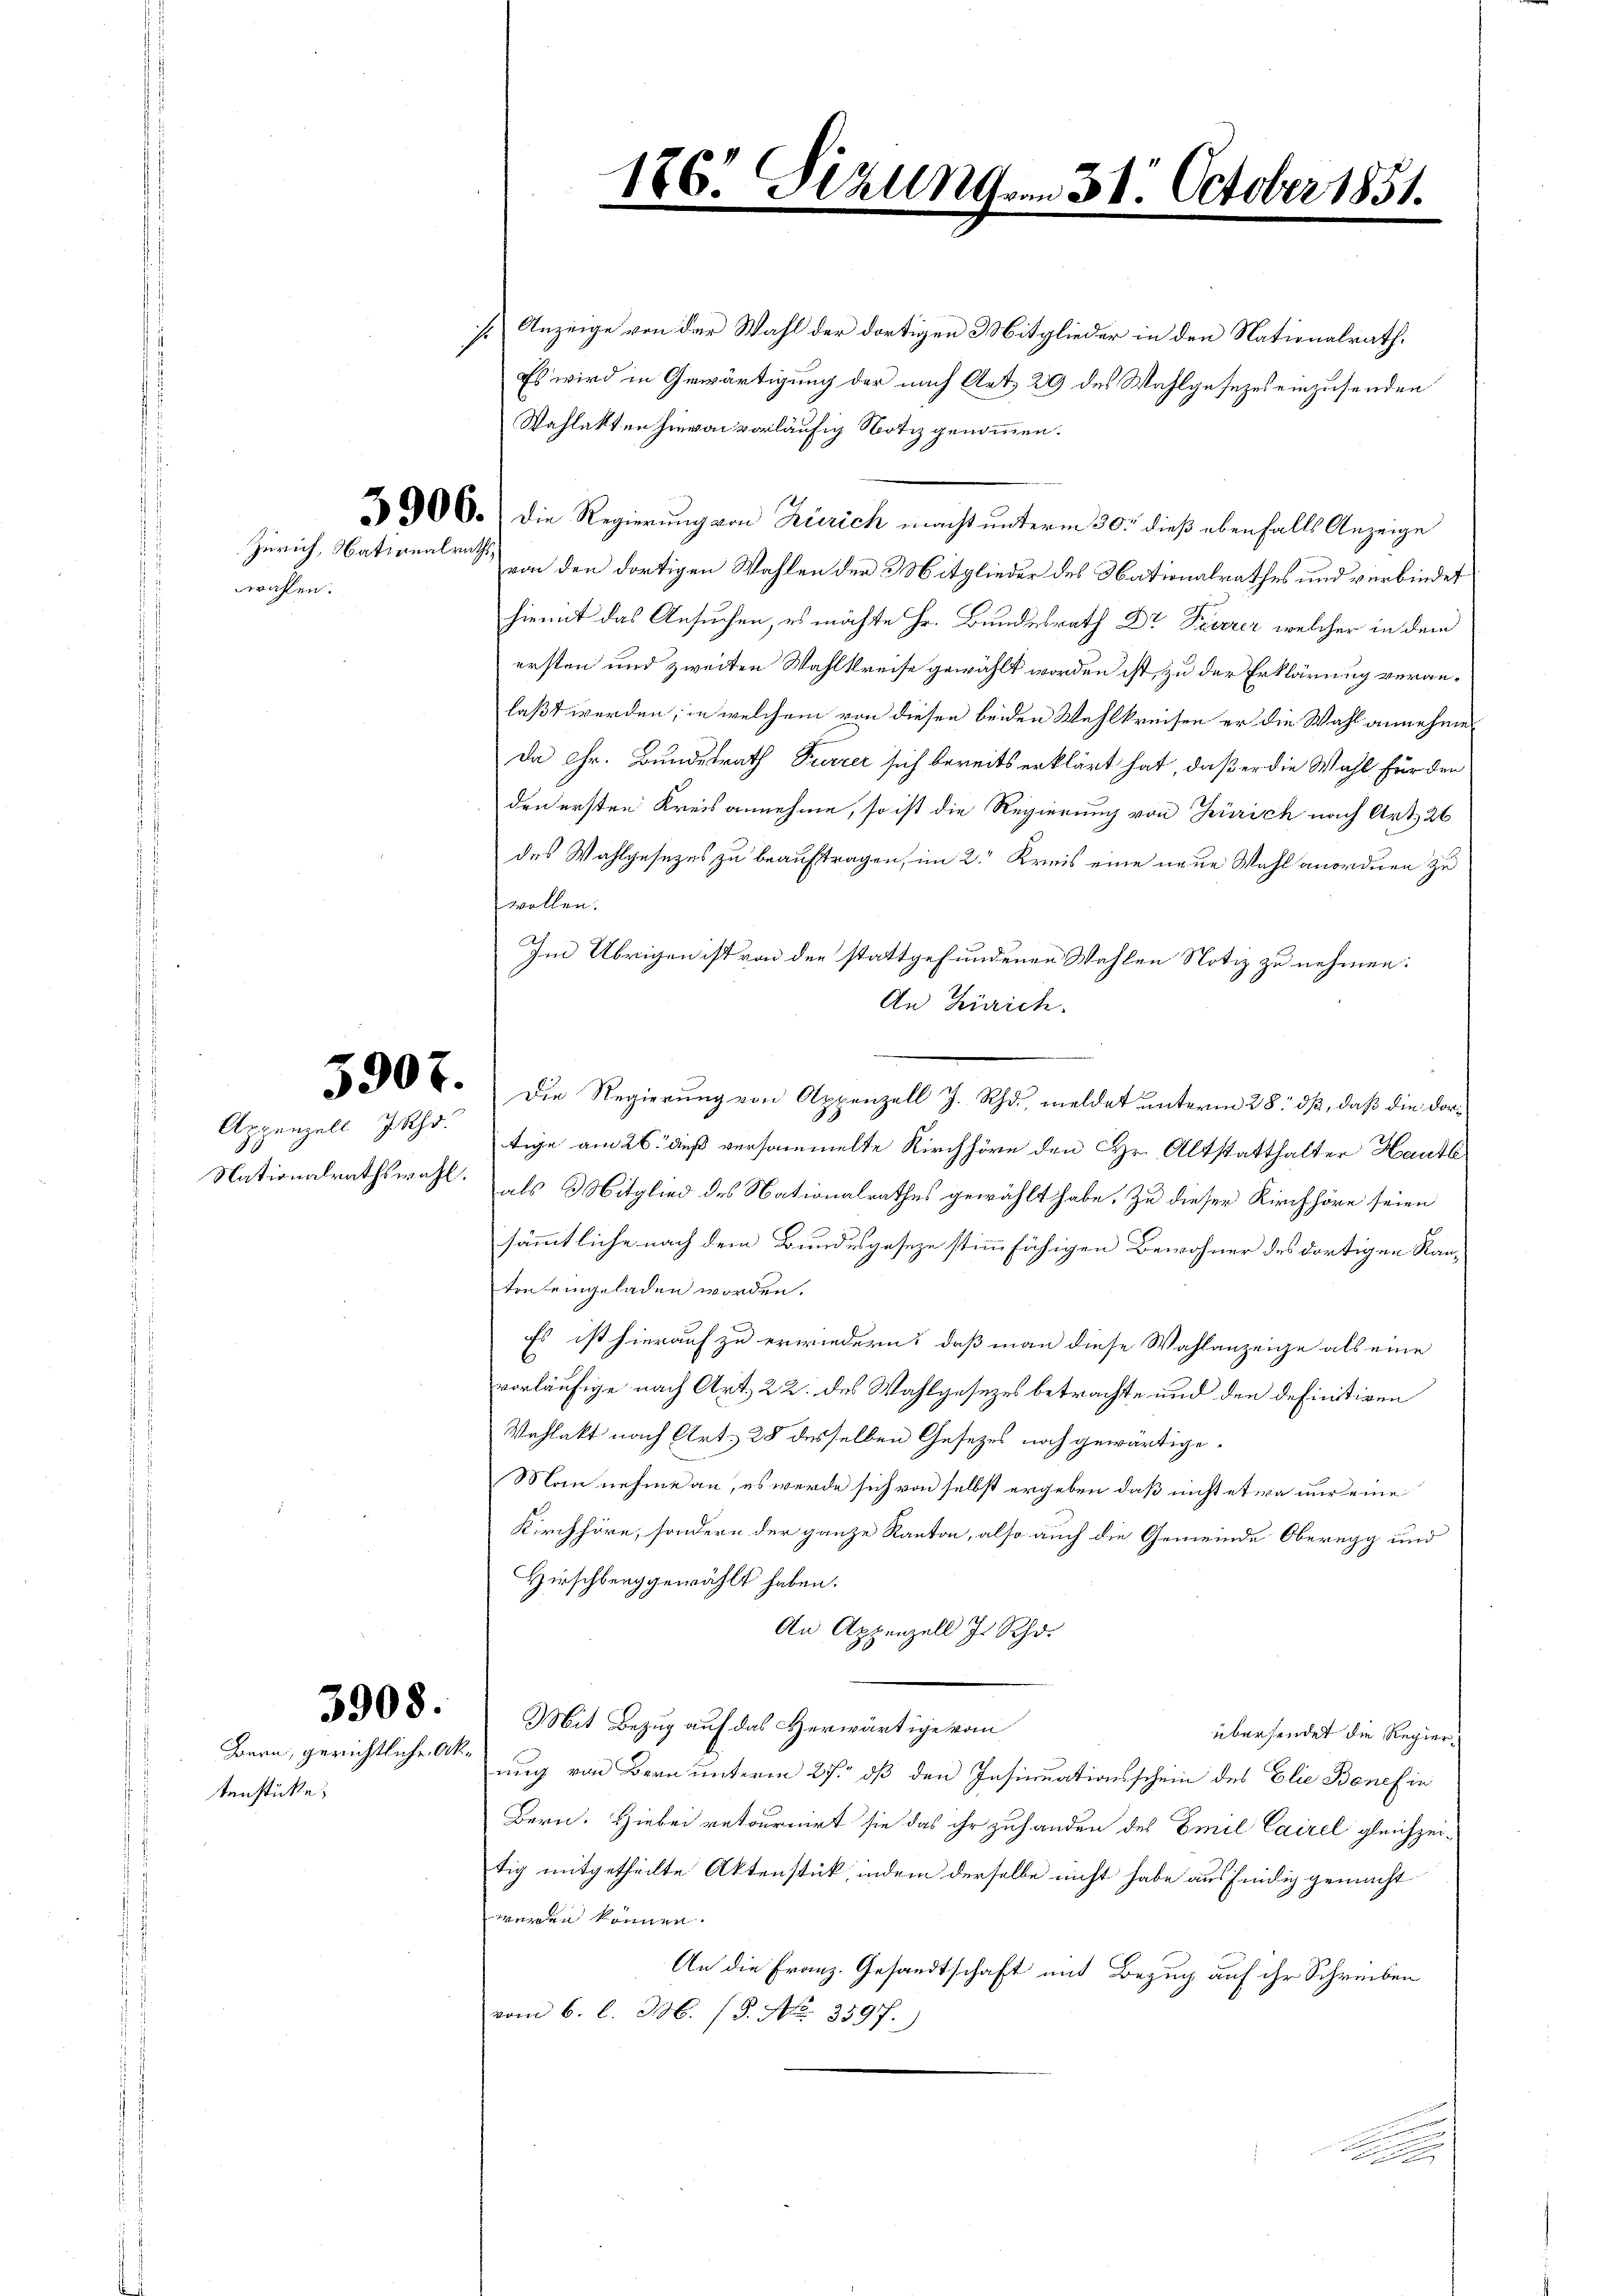
wahlen.

Nationalrathswahl.

tenstücke.

3908.

s. Anzeige von der Wahl der dortigen Mitglieder in den Nationalrath,
Es wird in Gewärtigung der nach Art. 29 des Wahlgesezes einzusenden
Wahlakten hievon vorläufig Notiz genommen.
300. Die Regierung von Zürich macht unterm 30t dieß ebenfalls Anzeige
Zürich, Nationalrat von den dortigen Wahlen der Mitglieder des Nationalrathes und verbindet
hiemit das Ansuchen, es möchte Hr. Bundesrath Dr Feuerer, welcher in dem
ersten und zweiten Wahlkreise gewählt worden ist, zu der Erklärung veranlaßt werden; in welchem von diesen beiden Wahlkreisen er die Wahl annehme
da Chr. Bundesrath Furrer sich bereits erklärt hat, daß er die Wahl für den
den ersten Kreisannehme, so ist die Regierung von Zürich nach Art. 26
des Wahlgesezes zu beauftragen, im 2. Kreis eine neue Wahl anordnen zu
wollen.
Im Übrigen ist von der stattgefundenen Wahlen Notiz zu nehmen.
An Zürich.
Appenzell Zuchtige am 26. dieß versammelte Kirchhöre den Hr. Altstatthalter Hautl
als Mitglied des Nationalrathes gewählt habe. Zu dieser Kirchhöre seien
sämmtliche nach dem Bundesgeseze stimmfähigen Bewohner des dortigen Kanton eingeladen worden.
Es ist hierauf zu erwiedern, daß man diese Wahlanzeige als eine
vorläufige nach Art. 22. des Wahlgesezes betrachte und den definitiven
Wahlakt nach Art. 28 desselben Gesetzes noch gewärtige.
Man nehme an, es werde sich von selbst ergeben, daß nicht etwa nur eine
Kirchhöre, sondern der ganze Kanton, also auch die Gemeinde Oberegg und
Hirschberg gewählt haben.
An Appenzell J. Scho
Mit Bezug auf das Herwärtige vom
übersendet die Regier¬
Bern, gerichtliche Skrung von Bern unterm 25. dß den Insinuationsschein des Elie Benefin
Bern. Hiebei retournirt sie das ihr zuhanden des Emil Cairel gleichzeitig mitgetheilte Aktenstück, indem derselbe nicht habe ausfindig gemacht
weren können.
An die Franz. Gesandtschaft mit Bezug auf ihr Schreiben
vom 6. l. 306. (T. No. 3597.

176. Sizung vom 31. October 1851.

0‰. Die Regierŭng von Appenzell J. Rh. meldet ŭnterm 28. dβ, daß die dor-